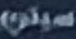
سيتي